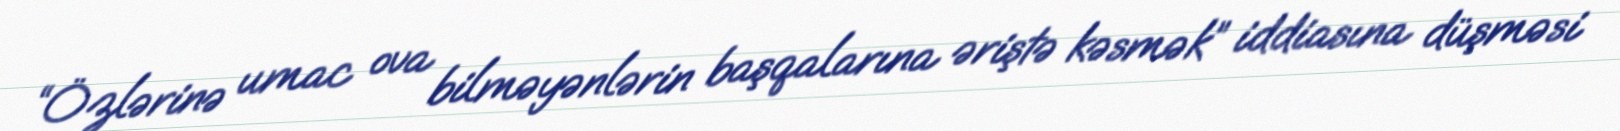
“Özlərinə umac ova bilməyənlərin başqalarına əriştə kəsmək” iddiasına düşməsi